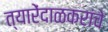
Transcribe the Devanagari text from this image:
त्यारेंदाळकरांचे